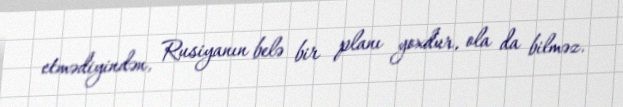
etmədiyindən, Rusiyanın belə bir planı yoxdur, ola da bilməz.